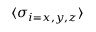
\langle \sigma _ { i = x , y , z } \rangle